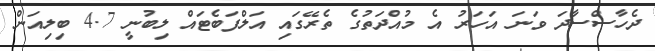
ދެހާސްސާދަ ވަނަ އަހަރު އެ މުއްދަތުގެ ތެރޭގައި އަލްފަބެޓައް ލިބުނީ 4.7 ބިލިއަން